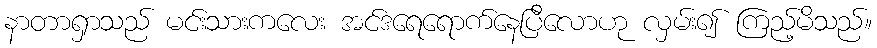
နာတာရှာသည် မင်းသားကလေး အင်ဒရေရောက်နေပြီလောဟု လှမ်း၍ ကြည့်မိသည်။